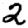
Digit: 2